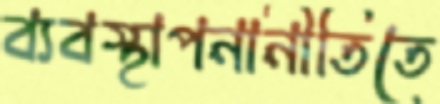
ব্যবস্থাপনানীতিতে